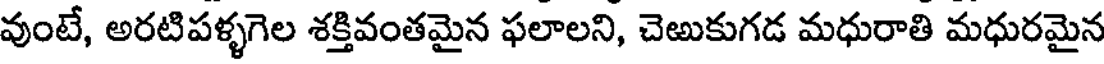
వుంటే, అరటిపళ్ళగెల శక్తివంతమైన ఫలాలని, చెఱుకుగడ మధురాతి మధురమైన